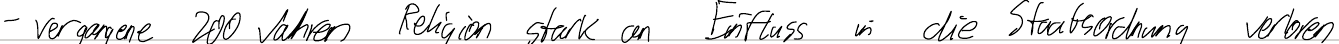
- vergangene 200 Jahren Religion stark an Einfluss in die Staatsordnung verloren